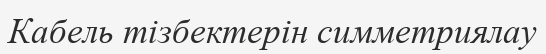
Кабель тізбектерін симметриялау